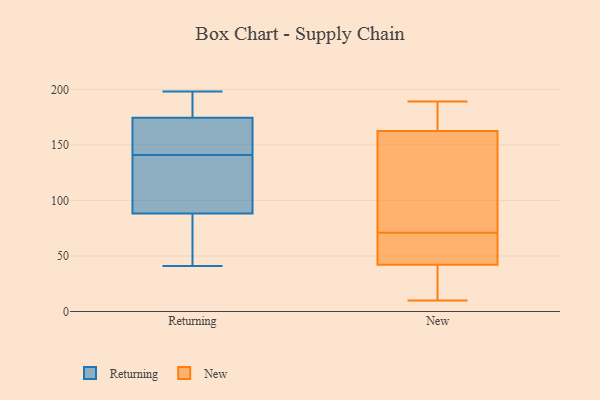
{"axis": {"x": "Latency (ms)", "y": "Value"}, "legend": ["New", "Returning"], "data": [{"x": "", "y": 146, "type": "Returning"}, {"x": "", "y": 41, "type": "Returning"}, {"x": "", "y": 89, "type": "Returning"}, {"x": "", "y": 198, "type": "Returning"}, {"x": "", "y": 194, "type": "Returning"}, {"x": "", "y": 141, "type": "Returning"}, {"x": "", "y": 175, "type": "Returning"}, {"x": "", "y": 81, "type": "Returning"}, {"x": "", "y": 160, "type": "Returning"}, {"x": "", "y": 88, "type": "Returning"}, {"x": "", "y": 103, "type": "Returning"}, {"x": "", "y": 104, "type": "Returning"}, {"x": "", "y": 173, "type": "Returning"}, {"x": "", "y": 175, "type": "Returning"}, {"x": "", "y": 42, "type": "Returning"}, {"x": "", "y": 158, "type": "New"}, {"x": "", "y": 189, "type": "New"}, {"x": "", "y": 68, "type": "New"}, {"x": "", "y": 65, "type": "New"}, {"x": "", "y": 123, "type": "New"}, {"x": "", "y": 167, "type": "New"}, {"x": "", "y": 48, "type": "New"}, {"x": "", "y": 10, "type": "New"}, {"x": "", "y": 174, "type": "New"}, {"x": "", "y": 28, "type": "New"}, {"x": "", "y": 71, "type": "New"}, {"x": "", "y": 55, "type": "New"}, {"x": "", "y": 129, "type": "New"}, {"x": "", "y": 188, "type": "New"}, {"x": "", "y": 21, "type": "New"}, {"x": "", "y": 75, "type": "New"}, {"x": "", "y": 40, "type": "New"}, {"x": "", "y": 12, "type": "New"}, {"x": "", "y": 164, "type": "New"}]}